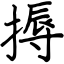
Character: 搙